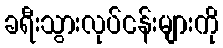
ခရီးသွားလုပ်ငန်းများကို